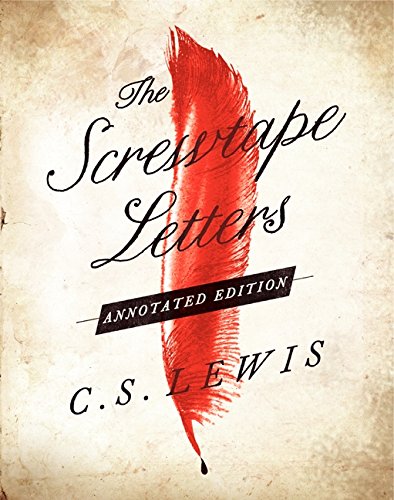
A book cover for Screwtape Letters: Annotated Edition, The; C. S. Lewis; Literature & Fiction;